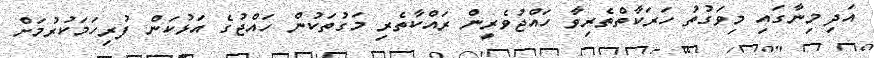
އަދި މިނާގައި މިވަގުތު ހަރަކާތްތެރިވާ ހައްޖުވެރީން ރައްކާތެރި މަގުތަކުން ހައްޖުގެ އަޅުކަން ފުރިހަމަކުރުމަށް